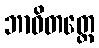
ဘာဝိတတ္တေ